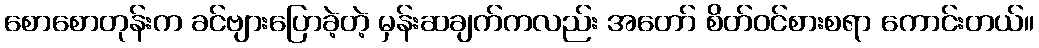
စောစောတုန်းက ခင်ဗျားပြောခဲ့တဲ့ မှန်းဆချက်ကလည်း အတော် စိတ်ဝင်စားစရာ ကောင်းတယ်။